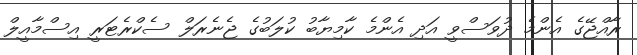
ރާއްޖޭގެ އެންމެ ދުވަސްވީ އަދި އެންމެ ކާމިޔާބު ކުލަބުގެ ޖެނެރަލް ސެކްރެޓަރީ އިސްމާއީލް